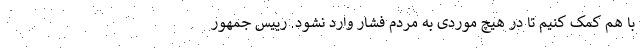
با هم کمک کنیم تا در هیچ موردی به مردم فشار وارد نشود. رییس جمهور